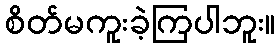
စိတ်မကူးခဲ့ကြပါဘူး။